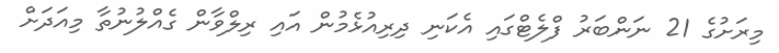
މިރަށުގެ 21 ނަންބަރު ފްލެޓްގައި އެކަނި ދިިރިއުޅެމުން އައި ރިލްވާން ގެއްލުނުތާ މިއަދަށް